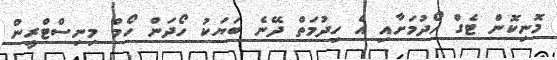
މޮނިކޮން ޓެގް ހޯދުމަށާއި އެ ހިދުމަތް ދޭނެ ބަޔަކު ހޯދަން ހޯމް މިނިސްޓްރީން